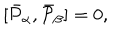
\lbrack \bar { { \cal P } } _ { \alpha } , \bar { { \cal P } } _ { \beta } ] = 0 ,